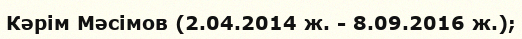
Кәрім Мәсімов (2.04.2014 ж. - 8.09.2016 ж.);